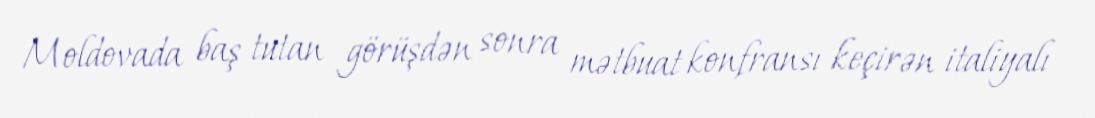
Moldovada baş tutan görüşdən sonra mətbuat konfransı keçirən italiyalı